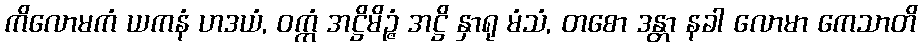
ကိလောမကံ ယကနံ ဟဒယံ, ဝက္ကံ အဋ္ဌိမိဉ္ဇံ အဋ္ဌိ နှာရု မံသံ, တစော ဒန္တာ နခါ လောမာ ကေသာတိ